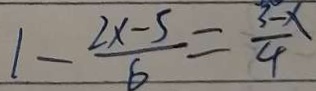
1 - \frac { 2 x - 5 } { 6 } = \frac { 3 - x } { 4 }